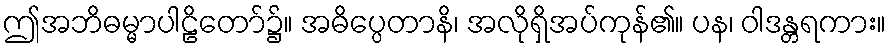
ဤအဘိဓမ္မာပါဠိတော်၌။ အဓိပ္ပေတာနိ၊ အလိုရှိအပ်ကုန်၏။ ပန၊ ဝါဒန္တရကား။